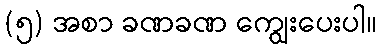
(၅) အစာ ခဏခဏ ကျွေးပေးပါ။